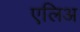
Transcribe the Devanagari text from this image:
एलिअ